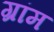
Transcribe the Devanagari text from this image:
ग्रांम